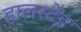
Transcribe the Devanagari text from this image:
हालस्टेड